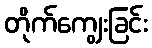
တိုက်ကျွေးခြင်း